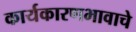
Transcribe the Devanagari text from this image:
कार्यकारणभावाचे